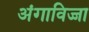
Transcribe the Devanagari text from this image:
अंगाविज्जा